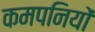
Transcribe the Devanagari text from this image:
कमपनियों